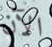
الآن